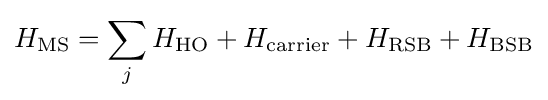
H_{\rm {MS}}=\sum _{j}H_{\rm {HO}}+H_{\rm {carrier}}+H_{\rm {RSB}}+H_{\rm {BSB}}